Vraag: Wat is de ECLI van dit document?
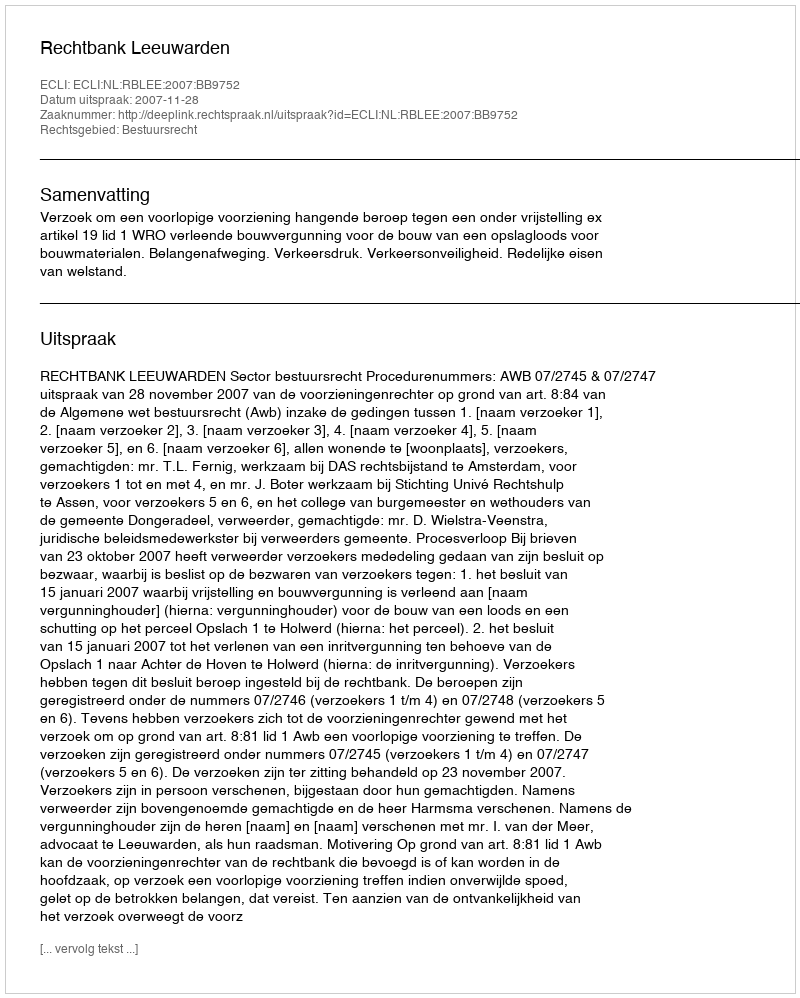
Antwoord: ECLI:NL:RBLEE:2007:BB9752